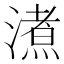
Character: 㵭